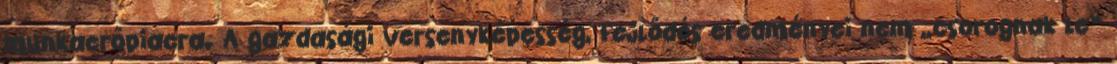
munkaerőpiacra. A gazdasági versenyképesség, fejlődés eredményei nem „csorognak le”